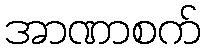
အာဏာစက်